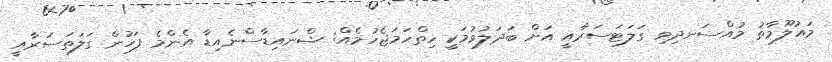
މައުލޫމާތު މުއްސަނދިވި ގަލަޓަސަރާއީ އަށް ބަދަލުވުމަކީ ހިތްހަމަޖެހުމެއް: ޝްނައިޑާސްނެއިޑާ އެންމެ ފަހުން ގަލަތަސަރާއީ